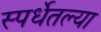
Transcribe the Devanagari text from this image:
स्पर्धेतल्या